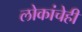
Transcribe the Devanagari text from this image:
लोकांचेही